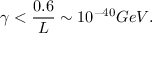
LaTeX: \gamma < { \frac { 0 . 6 } { L } } \sim 1 0 ^ { - 4 0 } G e V .